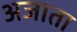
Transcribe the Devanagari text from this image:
अजाता